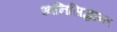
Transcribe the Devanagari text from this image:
ध्वनिसिद्धान्त